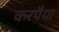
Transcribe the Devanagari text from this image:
करपैया